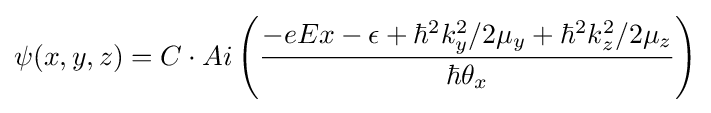
\psi (x,y,z)=C\cdot Ai\left({{-eEx-\epsilon +\hbar ^{2}k_{y}^{2}/2\mu _{y}+\hbar ^{2}k_{z}^{2}/2\mu _{z}} \over {\hbar \theta _{x}}}\right)